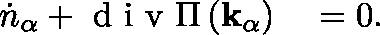
\begin{array} { r l } { \dot { n } _ { \alpha } + \mathrm { ~ d ~ i ~ v ~ } \Pi \left( \mathbf { k _ { \alpha } } \right) } & { { } = 0 . } \end{array}